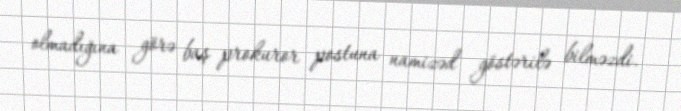
olmadığına görə baş prokuror postuna namizəd göstərilə bilməzdi.